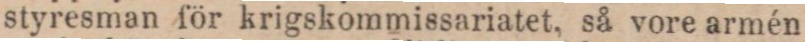
styresman för krigskommissariatet, så vore armén